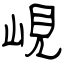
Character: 峴